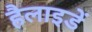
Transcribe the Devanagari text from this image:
हैलाइडें